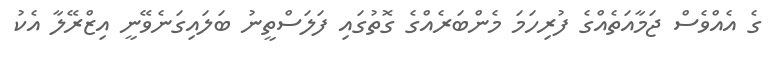
ގެ އެއްވެސް ޖަމާއަތެއްގެ ފުރިހަމަ މެންބަރެއްގެ ގޮތުގައި ފަލަސްތީނު ބަލައިގަނެވޭނީ އިޒްރޭލާ އެކު